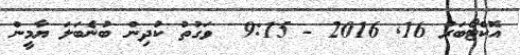
އޮކްޓޯބަރު 16